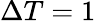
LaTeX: \Delta T=1